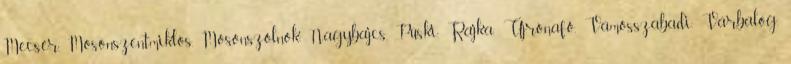
Mecsér, Mosonszentmiklós, Mosonszolnok, Nagybajcs, Püski, Rajka, Újrónafő, Vámosszabadi, Várbalog,